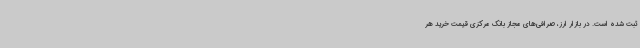
ثبت شده است. در بازار ارز، صرافی‌های مجاز بانک مرکزی قیمت خرید هر